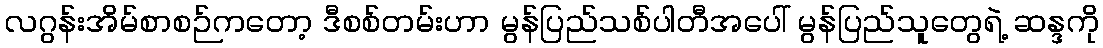
လဂွန်းအိမ်စာစဉ်ကတော့ ဒီစစ်တမ်းဟာ မွန်ပြည်သစ်ပါတီအပေါ် မွန်ပြည်သူတွေရဲ့ ဆန္ဒကို